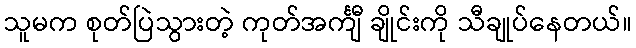
သူမက စုတ်ပြဲသွားတဲ့ ကုတ်အင်္ကျီ ချိုင်းကို သီချုပ်နေတယ်။